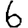
Digit: 6